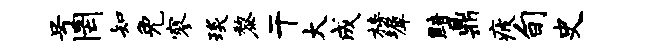
号罔知免寥琰黎干大成榜墀黯鼎疲旬史